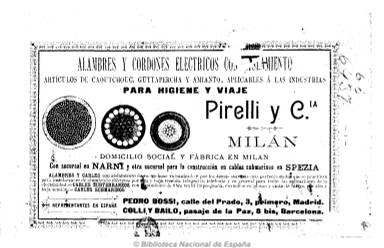
Título: Anuario de electricidad
Colección: Industria
Ámbito geográfico: Madrid
Lugar de publicación: Madrid
Fechas: 01/01/1900-31/12/1905

Publicación recopilatoria de carácter industrial y estadístico de las varias que fueron editadas en España por iniciativa privada en el primer tercio del siglo XX. En este caso por el ingeniero eléctrico Ricardo Yesares Blanco, uno de los divulgadores científicos más prolíficos de la época, que participará asimismo como compilador en las primeras estadísticas industriales de carácter oficial. Se trata en este caso de un anuario de corta duración, dedicado a la electricidad, uno de los pilares del desarrollo industrial del primer tercio del siglo veinte.

Cada anuario está dividido en tres partes. La primera es una exposición anual de los trabajos científicos e inventos de la electricidad aplicados a la industria (telégrafos, teléfonos, metalurgia, ferrocarril), a la medicina y a las artes, acompañados de figuras e ilustraciones. La segunda recoge las disposiciones y la legislación tanto española como extranjera, así como los aranceles de aduanas y las tarifas de transportes. Y la tercera es una recopilación de fórmulas y cálculos  y otras noticias de carácter útil destinadas a ingenieros, constructores, montadores, instaladores, comercios y almacenistas. Da cuenta del mapa eléctrico de la España del comienzo del siglo veinte, del estado de sus centrales eléctricas y de la situación general sobre la llegada de la electricidad a las diferentes poblaciones españolas. Asimismo ofrece biografías y las clásicas efemérides propias de los anuarios, en este caso referidas al mundo de la electricidad.